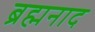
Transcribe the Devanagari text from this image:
ब्रह्मनाद